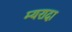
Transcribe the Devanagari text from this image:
म्यरादा